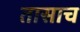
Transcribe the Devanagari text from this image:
तासाच